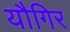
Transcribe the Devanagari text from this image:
यौगिर